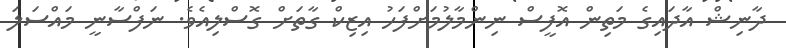
ދާނިޝް އާދައިގެ މަތިން އޮފީސް ނިންމާލުމަށްފަހު އިޒިކް ގާތަށް ގޮސްލިއެވެ. ނަފްސާނީ މައްސަލަ